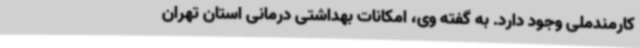
کارمندملی وجود دارد. به گفته وی، امکانات بهداشتی درمانی استان تهران